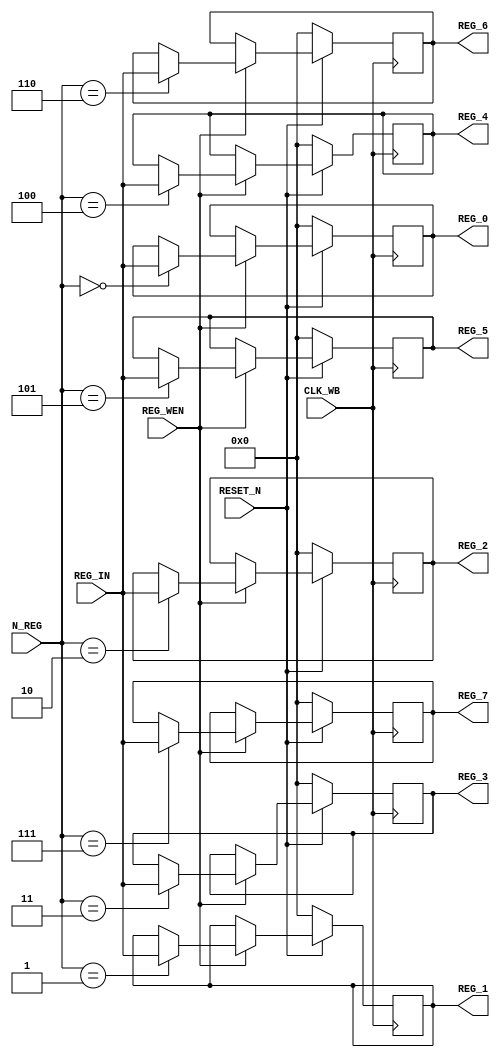
module reg_wb(CLK_WB,
              RESET_N,
              N_REG,
              REG_IN,
              REG_WEN,
              REG_0,
              REG_1,
              REG_2,
              REG_3,
              REG_4,
              REG_5,
              REG_6,
              REG_7);
    input           CLK_WB;
    input           RESET_N;
    input   [2:0]   N_REG;
    input   [15:0]  REG_IN;
    input           REG_WEN;
    output  [15:0]  REG_0, REG_1, REG_2, REG_3, REG_4, REG_5, REG_6, REG_7;

    reg     [15:0]  REG_0, REG_1, REG_2, REG_3, REG_4, REG_5, REG_6, REG_7;

    always @ (posedge CLK_WB) begin
        if (RESET_N == 1'b0) begin
            REG_0 <= 16'h0000;
            REG_1 <= 16'h0000;
            REG_2 <= 16'h0000;
            REG_3 <= 16'h0000;
            REG_4 <= 16'h0000;
            REG_5 <= 16'h0000;
            REG_6 <= 16'h0000;
            REG_7 <= 16'h0000;
        end
        else if (REG_WEN == 1'b1) begin
            case (N_REG)
                3'b000: REG_0 <= REG_IN;
                3'b001: REG_1 <= REG_IN;
                3'b010: REG_2 <= REG_IN;
                3'b011: REG_3 <= REG_IN;
                3'b100: REG_4 <= REG_IN;
                3'b101: REG_5 <= REG_IN;
                3'b110: REG_6 <= REG_IN;
                3'b111: REG_7 <= REG_IN;
            endcase
        end
    end

endmodule